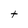
Character: t